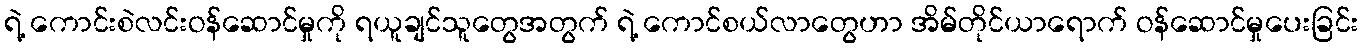
ရဲ့ ကောင်းစဲလင်းဝန်ဆောင်မှုကို ရယူချင်သူတွေအတွက် ရဲ့ ကောင်စယ်လာတွေဟာ အိမ်တိုင်ယာရောက် ဝန်ဆောင်မှုပေးခြင်း